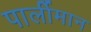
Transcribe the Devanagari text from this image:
पार्लीमान